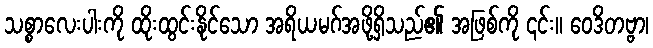
သစ္စာလေးပါးကို ထိုးထွင်းနိုင်သော အရိယမဂ်အဖို့ရှိသည်၏ အဖြစ်ကို ၎င်း။ ဝေဒိတဗ္ဗာ၊